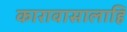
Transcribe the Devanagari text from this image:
कारावासालाहि